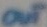
Text: OUT